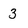
Character: 3